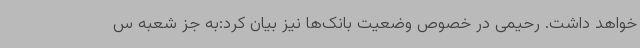
خواهد داشت. رحیمی در خصوص وضعیت بانک‌ها نیز بیان کرد:به جز شعبه س